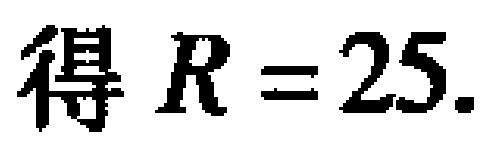
得 \(R = 25\).